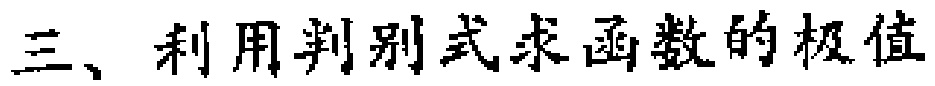
三、利用判别式求函数的极值